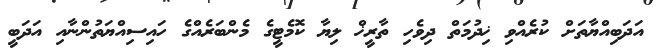
އަދަބިއްޔާތަށް ކުރެއްވި ޚިދުމަތް ދިވެހި ތާރީޚް ލިޔާ ކޮމެޓީގެ މެންބަރެއްގެ ހައިސިއްޔަތުންނާއި އަދަބީ